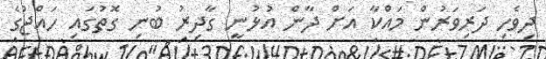
ދިވެހި ދަރިވަރުން މައްކާ އަށް ދާން އުޅުނީ ގާދިރު ބުނި ގޮތުގައި ހައްޖުގެ